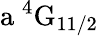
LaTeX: \mathrm{a\ ^{4}G_{11/2}}